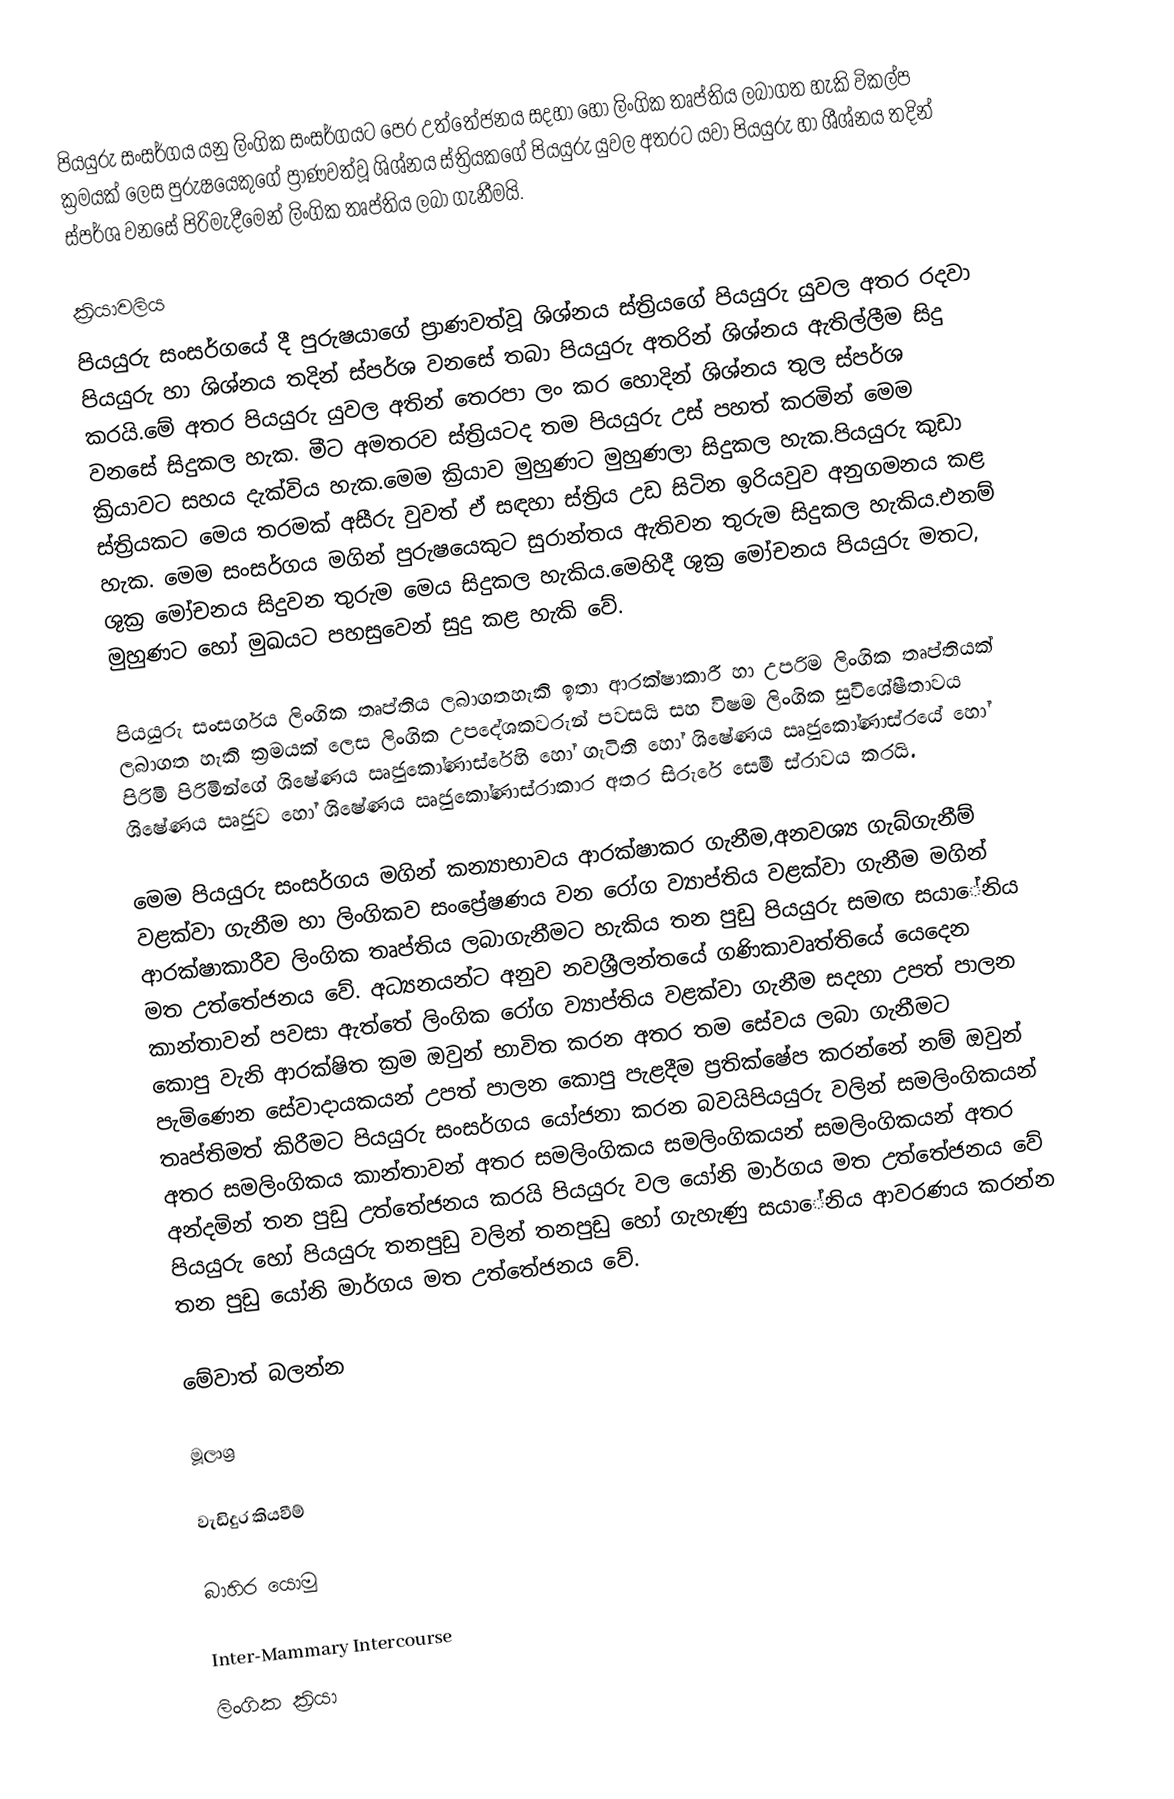
පියයුරු සංසර්ගය යනු ලිංගික සංසර්ගයට පෙර උත්තේජනය සදහා හෝ ලිංගික තෘප්තිය ලබාගත හැකි විකල්ප ක්‍රමයක් ලෙස පුරුෂයෙකුගේ ප්‍රාණවත්වූ ශිශ්නය ස්ත්‍රියකගේ පියයුරු යුවල අතරට යවා පියයුරු හා ශීශ්නය තදින් ස්පර්ශ වනසේ පිරිමැදීමෙන් ලිංගික තෘප්තිය ලබා ගැනීමයි.

ක්‍රියාවලිය
පියයුරු සංසර්ගයේ දී පුරුෂයාගේ ප්‍රාණවත්වූ ශිශ්නය ස්ත්‍රියගේ පියයුරු යුවල අතර රදවා පියයුරු හා ශිශ්නය තදින් ස්පර්ශ වනසේ තබා පියයුරු අතරින් ශිශ්නය ඇතිල්ලීම සිදු කරයි.මේ අතර පියයුරු යුවල අතින් තෙරපා ලං කර හොදින් ශිශ්නය තුල ස්පර්ශ වනසේ සිදුකල හැක. මීට අමතරව ස්ත්‍රියටද තම පියයුරු උස් පහත් කරමින් මෙම ක්‍රියාවට සහය දැක්විය හැක.මෙම ක්‍රියාව මුහුණට මුහුණලා සිදුකල හැක.පියයුරු කුඩා ස්ත්‍රියකට මෙය තරමක් අසීරු වුවත් ඒ සඳහා ස්ත්‍රිය උඩ සිටින ඉරියවුව අනුගමනය කළ හැක. මෙම සංසර්ගය මගින් පුරුෂයෙකුට සුරාන්තය ඇතිවන තුරුම සිදුකල හැකිය.එනම් ශුක්‍ර මෝචනය සිදුවන තුරුම මෙය සිදුකල හැකිය.මෙහිදී ශුක්‍ර මෝචනය පියයුරු මතට, මුහුණට හෝ මුඛයට පහසුවෙන් සුදු කළ හැකි වේ.

පියයුරු සංසර්ගය ලිංගික තෘප්තිය ලබාගතහැකි ඉතා ආරක්ෂාකාරී හා උපරිම ලිංගික තෘප්තියක් ලබාගත හැකි ක්‍රමයක් ලෙස ලිංගික උපදේශකවරුන් පවසයි සහ විෂම ලිංගික සුවිශේෂීතාවය පිරිමි පිරිමින්ගේ ශිෂේණය ඍජුකෝණාස්රේහි හෝ ගැටිති හෝ ශිෂේණය ඍජුකෝණාස්රයේ හෝ ශිෂේණය ඍජුව හෝ ශිෂේණය ඍජුකෝණාස්රාකාර අතර සිරුරේ සෙමී ස්රාවය කරයි.  

මෙම පියයුරු සංසර්ගය මගින් කන්‍යාභාවය ආරක්ෂාකර ගැනීම,අනවශ්‍ය ගැබ්ගැනීම් වළක්වා ගැනීම හා ලිංගිකව සංප්‍රේෂණය වන රෝග ව්‍යාප්තිය වළක්වා ගැනීම මගින් ආරක්ෂාකාරීව ලිංගික තෘප්තිය ලබාගැනීමට හැකිය තන පුඩු පියයුරු සමඟ සයාේනිය මත උත්තේජනය වේ. අධ්‍යනයන්ට අනුව නවශ්‍රීලන්තයේ  ගණිකාවෘත්තියේ යෙදෙන කාන්තාවන් පවසා ඇත්තේ ලිංගික රෝග ව්‍යාප්තිය වළක්වා ගැනීම සදහා උපත් පාලන කොපු වැනි ආරක්ෂිත ක්‍රම ඔවුන් භාවිත කරන අතර තම සේවය ලබා ගැනීමට පැමිණෙන සේවාදායකයන් උපත් පාලන කොපු පැළදීම ප්‍රතික්ෂේප කරන්නේ නම් ඔවුන් තෘප්තිමත් කිරීමට පියයුරු සංසර්ගය යෝජනා කරන බවයිපියයුරු වලින් සමලිංගිකයන් අතර සමලිංගිකය කාන්තාවන් අතර සමලිංගිකය සමලිංගිකයන් සමලිංගිකයන් අතර අන්දමින් තන පුඩු උත්තේජනය කරයි පියයුරු වල යෝනි මාර්ගය මත උත්තේජනය වේ පියයුරු හෝ පියයුරු තනපුඩු වලින් තනපුඩු හෝ ගැහැණු සයාේනිය ආවරණය කරන්න තන පුඩු යෝනි මාර්ගය මත උත්තේජනය වේ.

මේවාත් බලන්න

මූලාශ්‍ර

වැඩිදුර කියවීම්

බාහිර යොමු

 Inter-Mammary Intercourse
ලිංගික ක්‍රියා